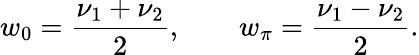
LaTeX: w_{0}=\frac{\nu_{1}+\nu_{2}}{2},\qquad w_{\pi}=\frac{\nu_{1}-\nu_{2}}{2}.